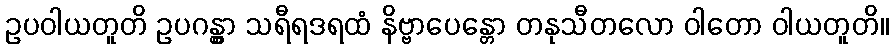
ဥပဝါယတူတိ ဥပဂန္တွာ သရီရဒရထံ နိဗ္ဗာပေန္တော တနုသီတလော ဝါတော ဝါယတူတိ။